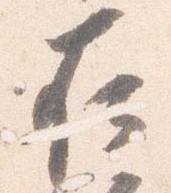
在